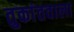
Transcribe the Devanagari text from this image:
तुकांतवाला